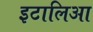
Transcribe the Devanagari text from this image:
इटालिआ